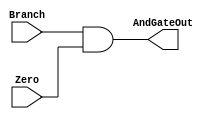
module and_gate(
	input Branch,
	input Zero,
	output AndGateOut
);

	assign AndGateOut = Branch & Zero;

endmodule